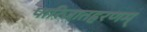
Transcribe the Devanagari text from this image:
पारिजातहरणम्